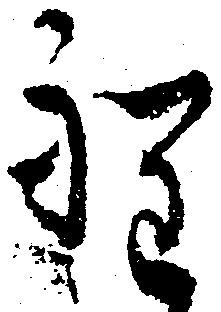
程